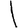
Digit: 1